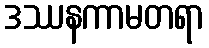
ဒဿနကာမတရာ